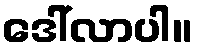
ဒေါ်လာပါ။